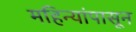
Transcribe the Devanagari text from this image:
महिन्यांपासून